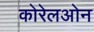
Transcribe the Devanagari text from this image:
कोरेलओन